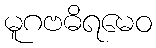
မူဂဗဓိရမေဝ